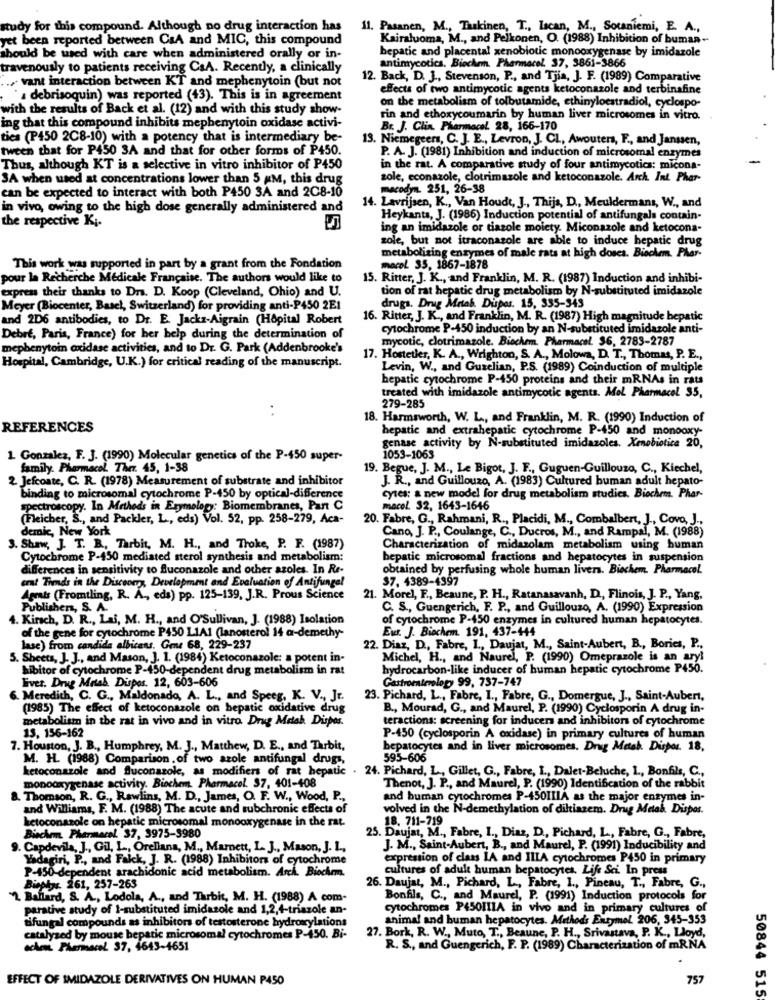
study for this compound. Although no drug interaction has
11. Pasanen, M ., Taskinen, T ., lacan, M ., Sotaniemi, E. A .,
yet been reported between CaA and MIC, this compound
Kairaluoma, M ., and Pelkonen, O. (1988) Inhibition of buman --
hepatic and placental xenobiotic monooxygenase by imidazole
should be used with care when administered orally or in-
travenously to patients receiving CsA. Recently, a clinically
Antimycotica. Biochem. Pharmacol 37, 3861-3866
... vant interaction between KT and mephenytoin (but not
12. Back, D. J ., Stevenson, P ., and Tjia, J. F. (1989) Comparative
effects of two antimycotic agents ketoconazole and terbinafine
" debrisoquin) was reported (43). This is in agreement
on the metabolism of tolbutamide, ethinyloestradiol, cyclospo-
with the results of Back et al. (12) and with this study show-
rin and ethoxycoumarin by human liver microsomes in vitro.
ing that this compound inhibits mepbenytoin oxidase activi-
Br. J. Clin Pharmacol. 28, 166-170
ties (P450 2C8-10) with a potency that is intermediary be-
13. Niemegeers, C. J. E ., Levron, J. CL, Awouters, F ., and Janssen,
tween that for P450 3A and that for other forms of P450.
P. A. J. (1981) Inhibition and induction of microsomal enzymes
Thus, although KT is a selective in vitro inhibitor of P450
in the rat. A comparative study of four antimycotics: micona-
SA when used at concentrations lower than 5 KM, this drug
sole, econazole, clotrimazole and ketoconazole. Arch. Int Phar-
can be expected to interact with both P450 3A and 2C8-10
macodyn. 251, 26-38
in vivo, owing to the high dose generally administered and
14. Lavrijsen, K ., Van Houdt, J ., Thijs, D, Meuldermanı, W ., and
the respective Ki.
5
Heykants, J. (1986) Induction potential of antifungals contain.
ing an imidazole or tiazole moiety. Miconazole and ketocona-
zole, but not itraconazole are able to induce hepatic drug
metabolizing enzymes of male rats at high doses. Biochem. Phar-
This work was supported in part by a grant from the Fondation
macol 35, 1867-1878
pour la Recherche Medicale Française. The authors would like to
15. Ritter, J. K ., and Franklin, M. R. (1987) Induction and inhibi-
express their thanks to Drs. D. Koop (Cleveland, Ohio) and U.
tion of rat hepatic drug metabolism by N-substituted imidazole
drugs. Drug Mrtab. Dupas. 15, 335-343
Meyer (Biocenter, Basel, Switzerland) for providing anti-P450 2E1
and 2D6 antibodies, to Dr. E. Jackz-Aigrain (Hôpital Robert
16. Ritter, J. K ., and Franklin, M. R. (1987) High magnitude hepatic
cytochrome P-450 induction by an N-substituted imidazole anti-
Debre, Paris, France) for her help during the determination of
mycotic, clotrimazole. Biochem. Pharmacel. 36, 2783-2787
mephenytoin axidase activities, and to Dr. G. Park (Addenbrooke's
17. Hostetler, K. A ., Wrighton, S. A ., Molowa, D. T ., Thomas, P. E .,
Hospital, Cambridge, U.K.) for critical reading of the manuscript.
Levin, W ., and Guzelian, P.S. (1989) Coinduction of multiple
hepatic cytochrome P-450 proteins and their mRNAs in rats
treated with imidazole antimycotic agents. Mol Pharmacol 35,
279-285
18. Harmsworth, W. L ., and Franklin, M. R. (1990) Induction of
REFERENCES
hepatic and extrahepatic cytochrome P-450 and monooxy-
genase activity by N-substituted imidazoles. Xenobiotice 20,
1. Gonzalez, F. J. (1990) Molecular genetics of the P-450 super-
1053-1063
family. Pharmacol Ther. 45, 1-38
19. Begue, J. M ., Le Bigot, J. F ., Guguen-Guillouza, C ., Kiechel,
2. Jefcoste, C. R. (1978) Measurement of substrate and inhibitor
J. R ., and Guillouzo, A. (1983) Cultured buman adult hepato-
binding to microsomal cytochrome P-450 by optical-difference
cytes: a new model for drug metabolism studies. Biochem. Phar-
spectroscopy. In Methods in Etymology: Biomembranes, Pant C
macel. 32, 1643-1646
(Fleicher, S ., and Packler, L ., eds) Vol. 52, pp. 258-279, Aca-
20. Fabre, G ., Rahmani, R ., Placidi, M ., Combalbert, J ., Covo, J .,
demic, New York
Cano, J. P ., Coulange, C ., Ducros, M ., and Rampal, M. (1988)
3. Shaw, J. T. B, Tarbit, M. H ., and Troke, P. F. (1987)
Characterization of midazolam metabolism using human
Cytochrome P-450 mediated sterol synthesis and metabolism:
hepatic microsomal fractions and hepatocytes in suspension
differences in sensitivity to Suconazole and other azoles. In Re-
obtained by perfusing whole human livers. Biochem. Pharmacol.
cent Trends in the Discoomy, Development and Evaluation of Antifungal
$7. 4389-4397
Agmais (Fromtling, R. A ., eds) pp. 125-139, J.R. Prous Science
21. Morel, F ., Beaune, P. H ., Ratanasavanh, D ., Flinois, J. P ., Yang,
Publishers, S. A.
C. S ., Guengerich, F. P ., and Guillouzo, A. (1990) Expression
4. Kirsch, D. R ., Lai, M. H ., and O'Sullivan, J. (1988) Isolation
of cytochrome P-450 enzymes in cultured human hepatocytes.
Eur. J. Biochem. 191, 437-444
of the gene for cytochrome P450 L1A1 (lanosterol 14 a-demethy-
lase) from candida albicans. Gene 68, 229-237
22. Diaz, D ., Fabre, I ., Daujat, M ., Saint-Aubert, B ., Bories, P .,
5. Sheets, J. J ., and Mason, J. 1. (1984) Ketoconazole: a potent in-
Michel, H ., and Naurel, P. (1990) Omeprazole is an ary!
hibitor of cytochrome P-450-dependent drug metabolism in rat
hydrocarbon-like inducer of human hepatic cytochrome P450.
livet. Drug Mrtab Dispos. 12, 603-606
Gastromaterlopy 99, 737-747
6. Meredith, C. G ., Maldonado, A. L ., and Speeg, K. V ., Jr.
23. Pichard, L ., Fabre, I ., Fabre, G ., Domergue, J ., Saint-Aubert,
(1985) The effect of ketoconazole on hepatic oxidative drug
B ., Mourad, G ., and Maurel, P. (1990) Cyclosporin A drug in-
metabolism in the rat in vivo and in vitro Drug Metab Dispos.
teractions: screening for inducers and inhibitors of cytochrome
13, 156-162
P-450 (cyclosporin A oxidase) in primary cultures of human
7. Houston, J. B ., Humphrey, M. J ., Matthew, D. E ., and Tarbit,
hepatocytes and in liver microsomes. Drug Metab. Dispor. 18.
M. H. (1988) Comparison , of two azole antifungal drugi,
595-606
ketoconazole and fluconazole, as modifiers of rat hepatic . 24. Pichard, L ., Gillet, G ., Fabre, I ., Dalet-Beluche, 1 ., Bonfils, C .,
monooxygenase activity. Biochem, Pharmacol. 37, 401-408
Thenot, J. P ., and Maurel, P. (1990) Identification of the rabbit
8. Thomson, R. G ., Rawlins, M. D ., James, O. F. W ., Wood, P .,
and buman cytochromes P-450IIIA as the major enzymes in-
and Williams, F. M. (1988) The acute and subchronic effects of
volved in the N-demethylation of diltiazem. Drug Metab Dispos.
ketoconazole on hepatic microsomal monooxygenase in the rat.
18. 711-719
Biochem. Phereral. 37, 3975-9980
25. Daujat, M ., Fabre, I ., Diaz, D, Pichard, L, Fabre, G ., Fabre,
9. Capdevila, J ., Gil, L ., Orellana, M ., Marnett, L. J ., Mason, J. L .,
J. M ., Saint-Aubert, B ., and Maurel, P. (1991) Inducibility and
Yadagiri, P ., and Falck, J. R. (1988) Inhibitors of cytochrome
expression of class LA and IIIA cytochromes P450 in primary
P-450-dependent arachidonic acid metabolism. Arch. Biochem.
cultures of adult human hepatocytes. Life Sci. In press
Bioty. 261, 257-263
26. Daujat, M ., Pichard, L ., Fabre, I ., Pineau, T ., Fabre, G .,
"2 Ballard, S. A ., Lodola, A ., and Tarbit, M. H. (1988) A com-
Bonfils, C ., and Maurel, P. (1991) Induction protocols for
parative study of 1-substituted imidazole and 1,2,4-triazole an-
cytochromes P450IIIA in vivo and in primary cultures of
tifungal compounds as inhibitors of testosterone hydroxylations
animal and human hepatocytes. Methods Enzymel. 206, 345-353
27. Bork, R. W ., Muto, T ., Beaune, P. H ., Srivastava, P. K ., Lloyd,
catalyzed by mouse hepatic microsomal cytochromes P-450. Bi-
ochen. Phermacel 37, 4643-4651
R. S ., and Guengerich, F. P. (1989) Characterization of mRNA
EFFECT OF IMIDAZOLE DERIVATIVES ON HUMAN P450
757
50844 515